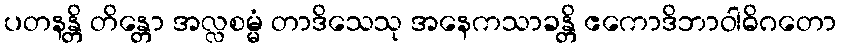
ပတနန္တိ တိန္တော အလ္လစမ္မံ တာဒိသေသု အနေကသာခန္တိ ဧကောဒိဘာဝါဓိဂတော